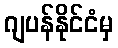
ဂျပန်နိုင်ငံမှ